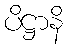
ပိဋ္ဌာနိ